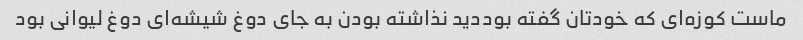
ماست کوزه‌ای که خودتان گفته بوددید نذاشته بودن به جای دوغ شیشه‌ای دوغ لیوانی بود